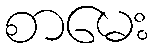
စာမေး